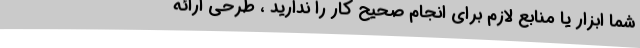
شما ابزار یا منابع لازم برای انجام صحیح کار را ندارید ، طرحی ارائه